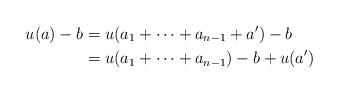
LaTeX: \begin{align*}u(a)-b&=u(a_1+\dotsb + a_{n-1}+a')-b\\ &=u(a_1+\dotsb + a_{n-1})-b+u(a')\end{align*}